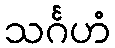
သင်္ဂဟံ